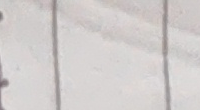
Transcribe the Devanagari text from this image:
टार्जन